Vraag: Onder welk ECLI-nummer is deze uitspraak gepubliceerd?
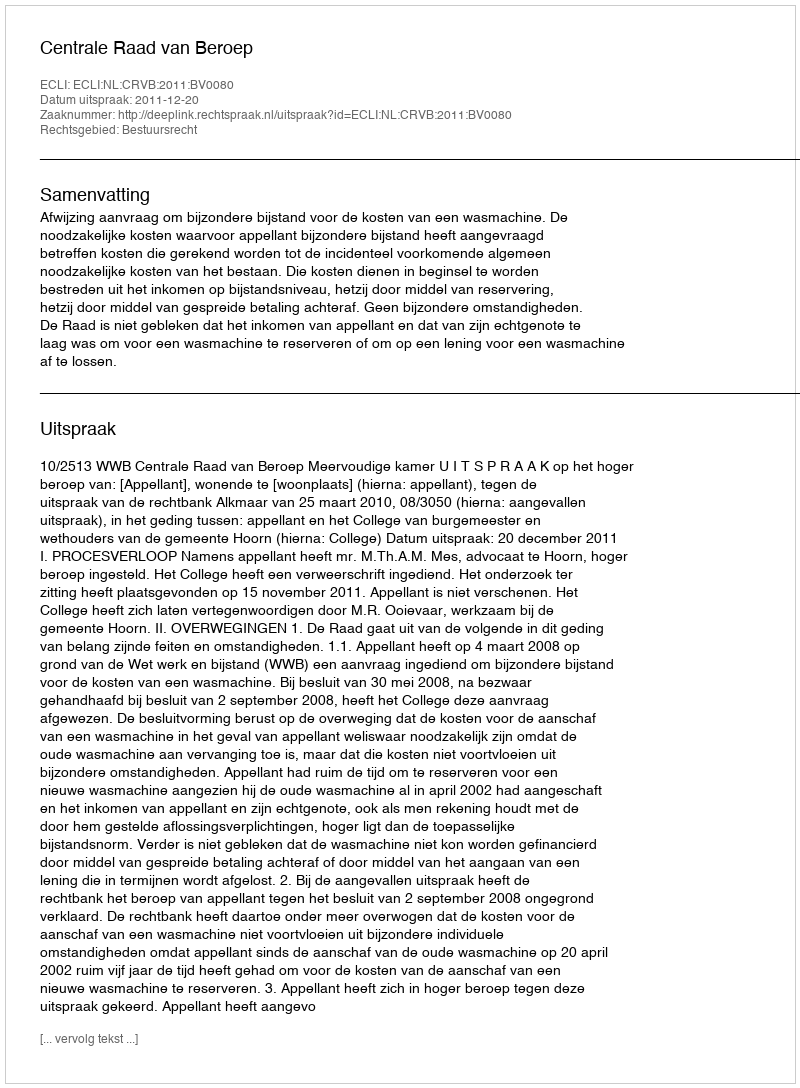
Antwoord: ECLI:NL:CRVB:2011:BV0080